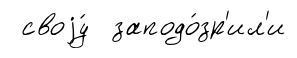
своjу́ заподо́зр'ил'и